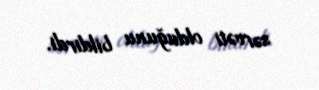
sərvəti olduğunu bildirdi.